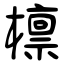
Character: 檩